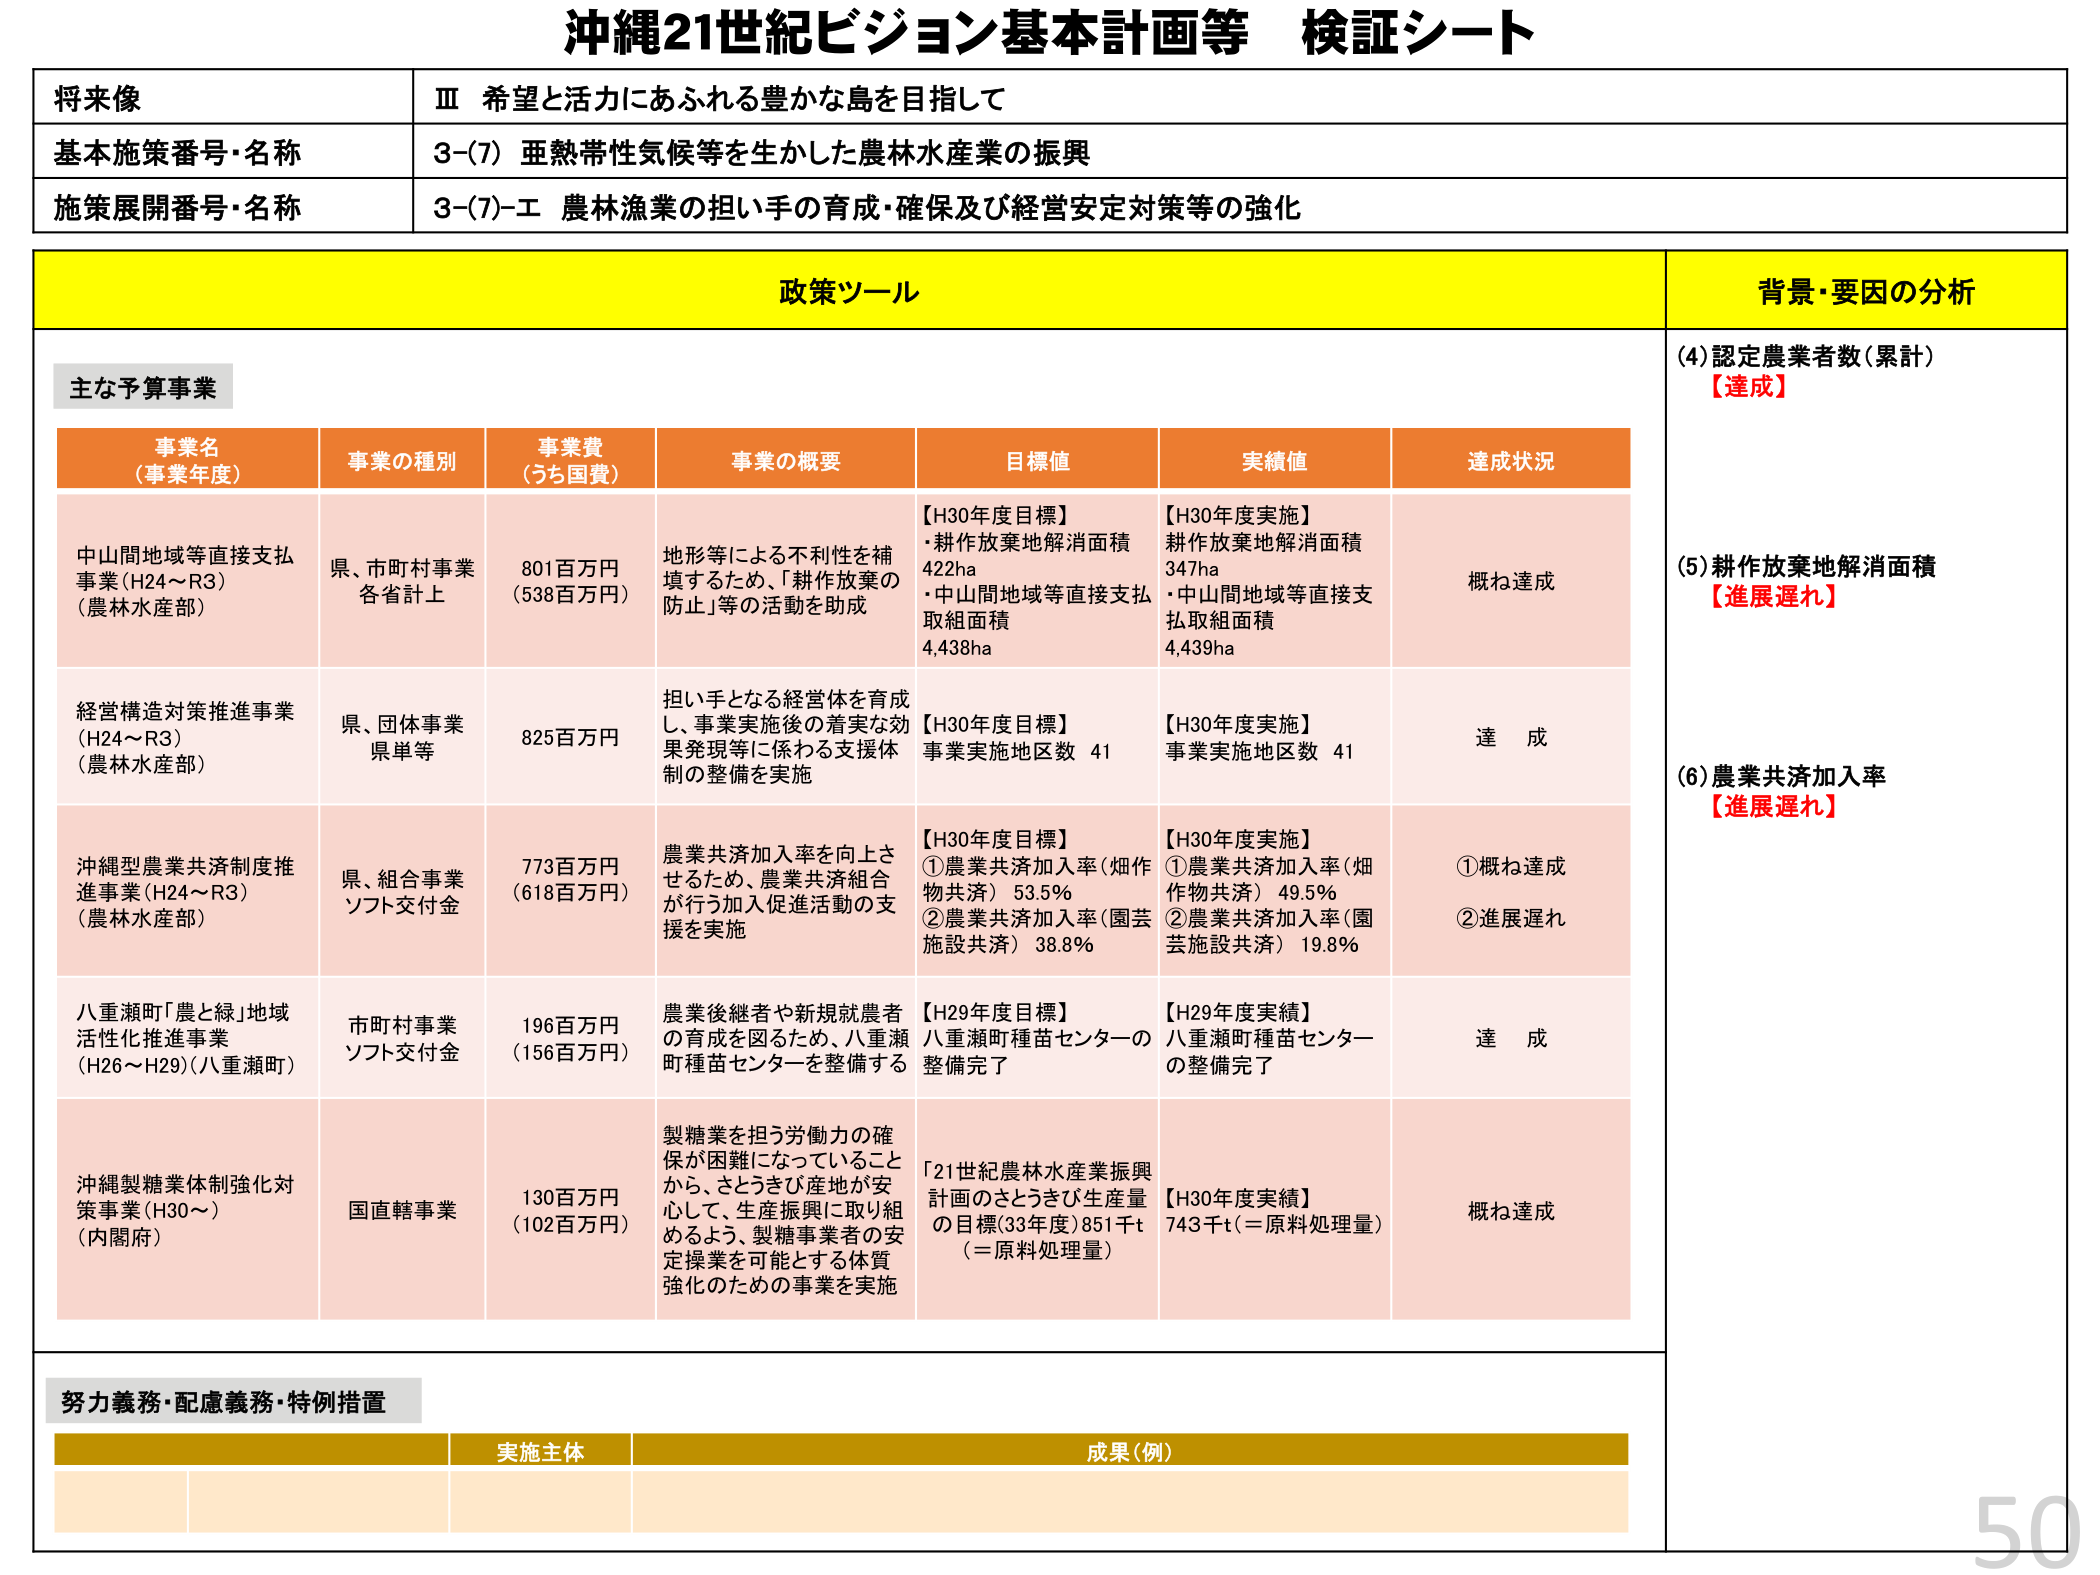
沖縄21世紀ビジョン基本計画等 検証シート

将来像
Ⅲ 希望と活力にあふれる豊かな島を目指して

基本施策番号・名称
3-(7) 亜熱帯性気候等を生かした農林水産業の振興

施策展開番号・名称
3-(7)-エ 農林漁業の担い手の育成・確保及び経営安定対策等の強化

政策ツール

主な予算事業

事業名（事業年度）
事業の種別
事業費（うち国費）
事業の概要
目標値
実績値
達成状況

中山間地域等直接支払事業（H24～R3）（農林水産部）
県、市町村事業 各省計上
801百万円（538百万円）
地形等による不利性を補填するため、「耕作放棄の防止」等の活動を助成
【H30年度目標】
・耕作放棄地解消面積 422ha
・中山間地域等直接支払取組面積 4,438ha
【H30年度実施】
耕作放棄地解消面積 347ha
・中山間地域等直接支払取組面積 4,439ha
概ね達成

経営構造対策推進事業（H24～R3）（農林水産部）
県、団体事業 県単等
825百万円
担い手となる経営体を育成し、事業実施後の着実な効果発現等に係わる支援体制の整備を実施
【H30年度目標】
事業実施地区数 41
【H30年度実施】
事業実施地区数 41
達成

沖縄型農業共済制度推進事業（H24～R3）（農林水産部）
県、組合事業 ソフト交付金
773百万円（618百万円）
農業共済加入率を向上させるため、農業共済組合が行う加入促進活動の支援を実施
【H30年度目標】
①農業共済加入率（畑作物共済） 53.5%
②農業共済加入率（園芸施設共済） 38.8%
【H30年度実施】
①農業共済加入率（畑作物共済） 49.5%
②農業共済加入率（園芸施設共済） 19.8%
①概ね達成
②進展遅れ

八重瀬町「農と緑」地域活性化推進事業（H26～H29）（八重瀬町）
市町村事業 ソフト交付金
196百万円（156百万円）
農業後継者や新規就農者の育成を図るため、八重瀬町種苗センターを整備する
【H29年度目標】
八重瀬町種苗センターの整備完了
【H29年度実績】
八重瀬町種苗センターの整備完了
達成

沖縄製糖業体制強化対策事業（H30～）（内閣府）
国直轄事業
130百万円（102百万円）
製糖業を担う労働力の確保が困難になっていることから、さとうきび産地が安心して、生産振興に取り組めるよう、製糖事業者の安定操業を可能とする体質強化のための事業を実施
「21世紀農林水産業振興計画のさとうきび生産量の目標（33年度）851千t（＝原料処理量）」
【H30年度実績】
743千t（＝原料処理量）
概ね達成

背景・要因の分析

(4) 認定農業者数（累計）
【達成】

(5) 耕作放棄地解消面積
【進展遅れ】

(6) 農業共済加入率
【進展遅れ】

努力義務・配慮義務・特例措置

実施主体
成果（例）

50